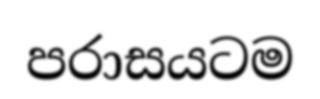
පරාසයටම